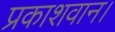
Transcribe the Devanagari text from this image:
प्रकाशवान।